Indian journal of veterinary science and animal husbandry - Volume 12,
Year: 1942
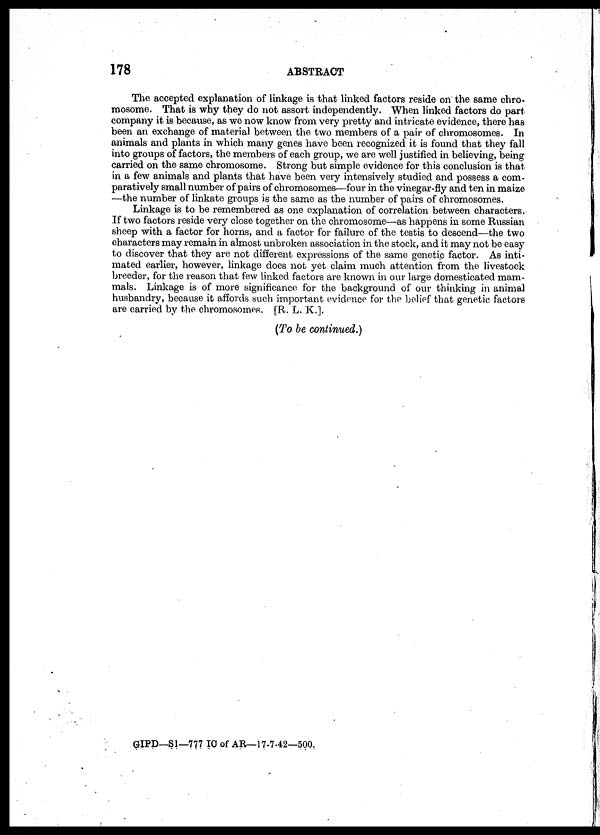
178
ABSTRACT
The accepted explanation of linkage is that linked factors reside on the same chro-
mosome. That is why they do not assort independently. When linked factors do part
company it is because, as we now know from very pretty and intricate evidence, there has
been an exchange of material between the two members of a pair of chromosomes. In
animals and plants in which many genes have been recognized it is found that they fall
into groups of factors, the members of each group, we are well justified in believing, being
carried on the same chromosome. Strong but simple evidence for this conclusion is that
in a few animals and plants that have been very intensively studied and possess a com-
paratively small number of pairs of chromosomes—four in the vinegar-fly and ten in maize
—the number of linkate groups is the same as the number of pairs of chromosomes.
Linkage is to be remembered as one explanation of correlation between characters.
If two factors reside very close together on the chromosome—as happens in some Russian
sheep with a factor for horns, and a factor for failure of the testis to descend—the two
characters may remain in almost unbroken association in the stock, and it may not be easy
to discover that they are not different expressions of the same genetic factor. As inti-
mated earlier, however, linkage does not yet claim much attention from the livestock
breeder, for the reason that few linked factors are known in our large domesticated mam-
mals. Linkage is of more significance for the background of our thinking in animal
husbandry, because it affords such important evidence for the belief that genetic factors
are carried by the chromosomes. [R. L. K.].
(To be continued.)
GIPD—S1—777 IC of AR—17-7-42—500.